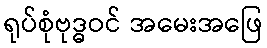
ရုပ်စုံဗုဒ္ဓဝင် အမေးအဖြေ